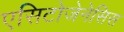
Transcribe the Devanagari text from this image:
एसिटोजेनेसिस